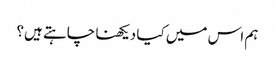
ہم اس میں کیا دیکھنا چاہتے ہیں؟